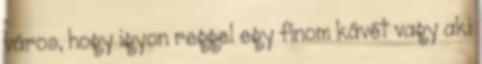
város, hogy igyon reggel egy finom kávét vagy aki